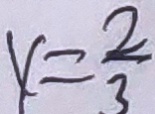
x = \frac { 2 } { 3 }